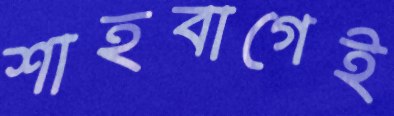
শাহবাগেই